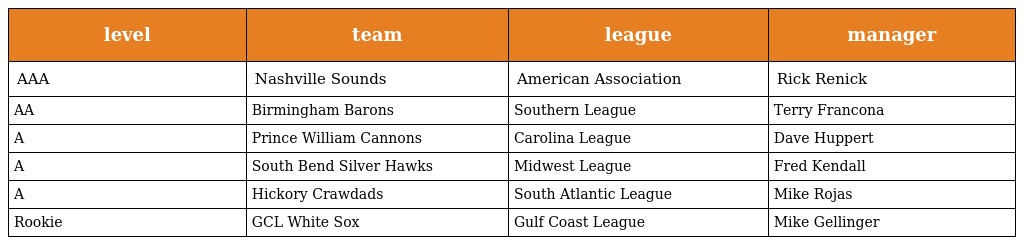
| level | team | league | manager |
 | --- | --- | --- | --- |
 | AAA | Nashville Sounds | American Association | Rick Renick |
 | AA | Birmingham Barons | Southern League | Terry Francona |
 | A | Prince William Cannons | Carolina League | Dave Huppert |
 | A | South Bend Silver Hawks | Midwest League | Fred Kendall |
 | A | Hickory Crawdads | South Atlantic League | Mike Rojas |
 | Rookie | GCL White Sox | Gulf Coast League | Mike Gellinger |